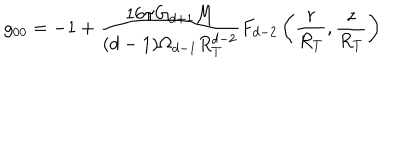
LaTeX: g _ { 0 0 } = - 1 + \frac { 1 6 \pi G _ { d + 1 } M } { ( d - 1 ) \Omega _ { d - 1 } R _ { T } ^ { d - 2 } } F _ { d - 2 } \left( \frac { r } { R _ { T } } , \frac { z } { R _ { T } } \right)